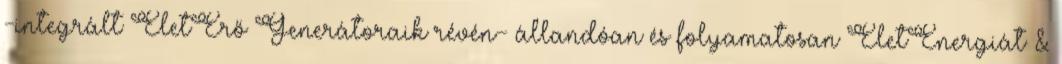
-integrált ÉletErő Generátoraik révén- állandóan és folyamatosan ÉletEnergiát &